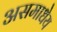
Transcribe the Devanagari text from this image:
असमाधेय